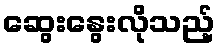
ဆွေးနွေးလိုသည့်